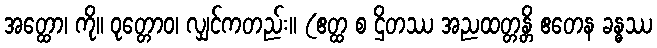
အတ္ထော၊ ကို။ ဝုတ္တောဝ၊ လျှင်ကတည်း။ (ဧတ္ထ စ ဌိတဿ အညထတ္တန္တိ ဧတေန ခန္ဓဿ